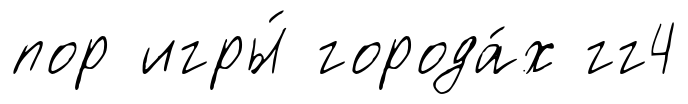
пор игры́ города́х гг4